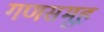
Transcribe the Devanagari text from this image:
गणसमूह